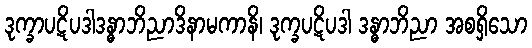
ဒုက္ခာပဋိပဒါဒန္ဓာဘိညာဒိနာမကာနိ၊ ဒုက္ခပဋိပဒါ ဒန္ဓာဘိညာ အစရှိသော